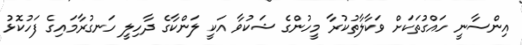
އިންސާނީ ހައްގުތަކަށް ވަކާލާތުކުރާ މީހުންގެ ޝަކުވާ އަކީ ލަންކާގެ ދާހިލީ ހަނގުރާމައިގެ ފަހުކޮޅު